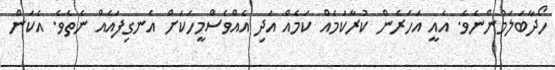
ހޯދާބަލަމުންނެވެ. އެއީ އަހަރެން ކުރާކަމެއް ކަމެއް އަދި އެއްވެސްމީހަކަށް އެނގިފައެއް ނެތެވެ. އެކަން